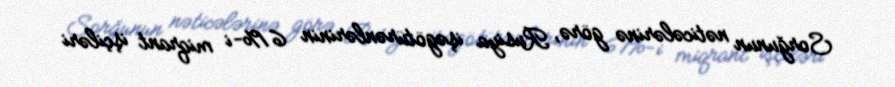
Sorğunun nəticələrinə görə, Rusiya işəgötürənlərinin 61%-i miqrant işçiləri